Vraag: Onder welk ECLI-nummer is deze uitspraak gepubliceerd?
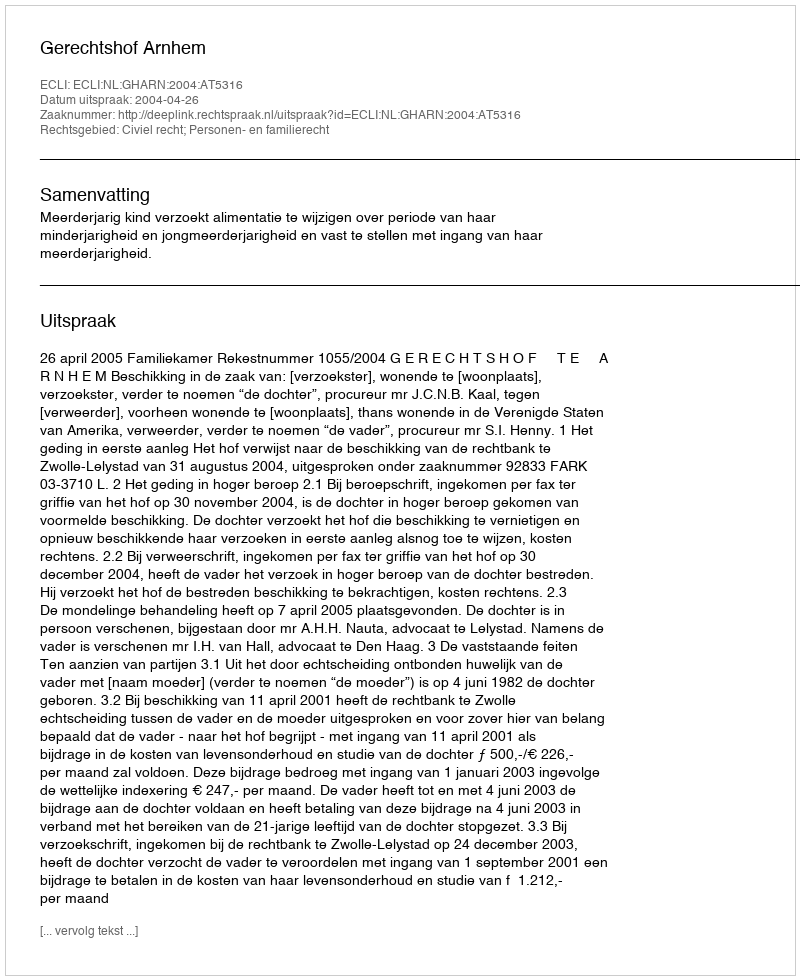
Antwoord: ECLI:NL:GHARN:2004:AT5316